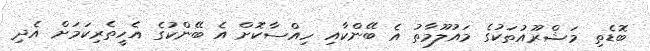
ބޮޑެތި މަޝްރޫއުތަކުގެ މައުލޫމާތު އެ ބޭންކާއި ހިއްސާކޮށް އެ ބޭންކުގެ އެހީތެރިކަމަށް އެދި